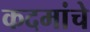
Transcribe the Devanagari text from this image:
कदमांचे